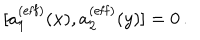
[ a _ { 1 } ^ { ( \mathrm { e f f } ) } ( x ) , a _ { 2 } ^ { ( \mathrm { e f f } ) } ( y ) ] = 0 \, .